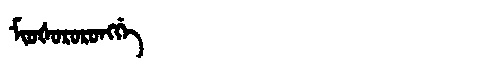
Manchu: ᠮᡳᠣᡧᠣᡵᠣᡵᠣᠩᡤᡝ
Romanization: MIOŠORORONGGE